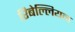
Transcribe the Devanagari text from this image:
रिबेल्लियन